Report of the Imperial Institute of Veterinary Research, Muktesar
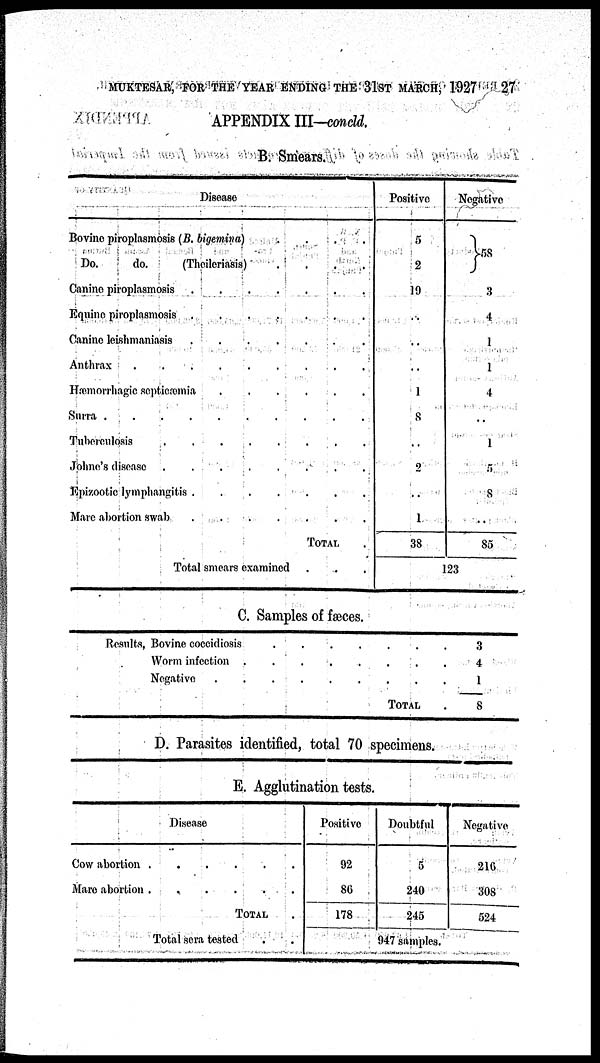
MUKTESAR, FOR THE YEAR ENDING THE 31ST MARCH, 1927
27
APPENDIX III-concld.
B. Smears.
Disease
Bovine piroplasmosis (B. bigemina)
....
Do.
do.
(Theileriasis)
....
Canino piroplasmosis
Equine piroplasmosis
Canine leishmaniasis
Anthrax
Hæmorrhagic septicæmia
Surra
Tuberculosis
Johne's
disease
........
Epizootic lymphangitis
Marc abortion swab
TOTAL
Total smears examined
Positive
5
2
19
..
..
..
1
8
..
2
..
1
38
Negative
}58
3
4
1
1
4
..
1
5
8
..
85
123
C. Samples of fæces.
Results. Bovine coccidiosis
Worm infection
Negative
....
....
...
.
TOTAL
3
4
1
8
D. Parasites identified, total 70 specimens.
E. Agglutination tests.
Disease
Cow abortion
Mare abortion
......
TOTAL
Total sera tested
Positive
92
86
178
Doubtful
5
240
245
947 samples.
Negative
216
308
524